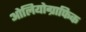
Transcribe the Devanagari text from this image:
ओलियोग्राफिक